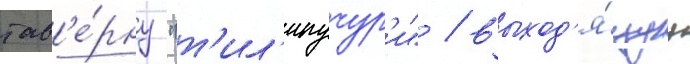
тав'е́рну "т'ил'ипучур'и" / выход'я́щуу